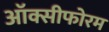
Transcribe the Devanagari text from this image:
ऑक्सीफोरम